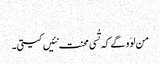
‏
من لوَو گے کہ تُسی محنت نئیں کیتی۔